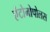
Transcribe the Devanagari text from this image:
एंटोनोपोलस